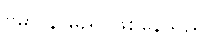
ဗမာ နာမည် ဖြစ်နေသည်။